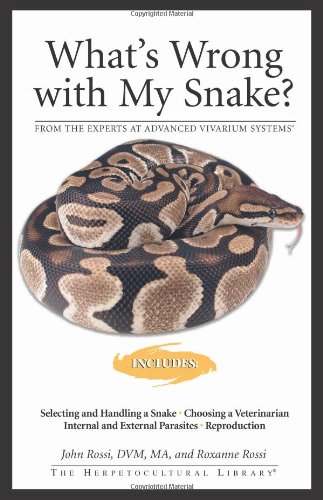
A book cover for What's Wrong With My Snake (Herpetocultural Library); John Rossi; Crafts, Hobbies & Home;